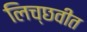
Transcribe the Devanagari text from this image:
लिच्छवीत